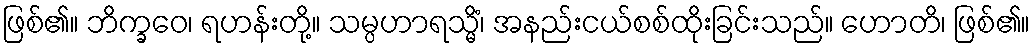
ဖြစ်၏။ ဘိက္ခဝေ၊ ရဟန်းတို့။ သမ္ပဟာရသ္မိံ၊ အနည်းငယ်စစ်ထိုးခြင်းသည်။ ဟောတိ၊ ဖြစ်၏။